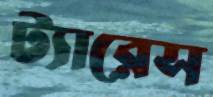
ট্যারেস